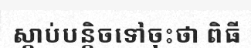
ស្តាប់បន្តិចទៅចុះថា ពិធី